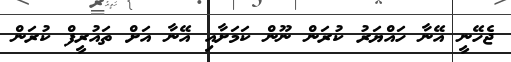
ޖެހޭނީ އޭނާ ހައްޔަރު ކުރަން ނޫން ކަމަށާއި އޭނާ އަށް ތައުރީފް ކުރަން